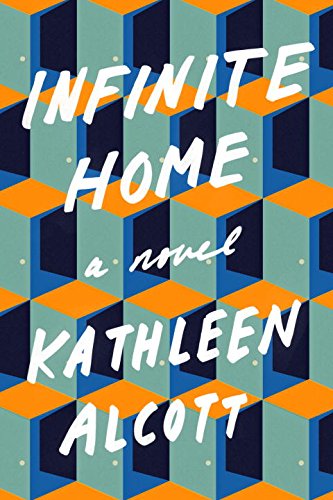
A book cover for Infinite Home: A Novel; Kathleen Alcott; Literature & Fiction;